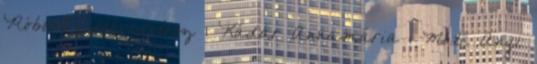
Róbert 1 Hérodotosz 1 Kádár Annamária 1 Máté Angi